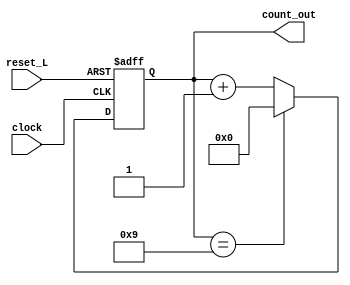
module BCD_counter(
input clock,
input reset_L,
output [3:0] count_out
    );
    reg [3:0] count = 'b0;
    assign count_out = count;
    
    always @ (posedge clock, negedge reset_L)
    begin
    if(!reset_L)
    count <= 'b0;
    else if( count == 4'b1001)
    count <= 'b0;
    else
    count <= count + 1'b1;
    end
endmodule